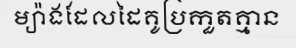
ម្យ៉ាងដែលដៃគូប្រកួតគ្មាន